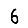
Digit: 6